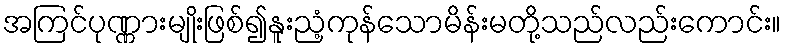
အကြင်ပုဏ္ဏားမျိုးဖြစ်၍နူးညံ့ကုန်သောမိန်းမတို့သည်လည်းကောင်း။